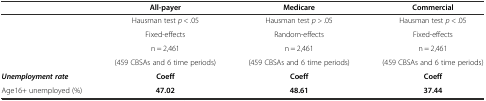
<table><thead><tr><td></td><td><b>All-payer</b></td><td><b>Medicare</b></td><td><b>Commercial</b></td></tr></thead><tbody><tr><td rowspan="4"></td><td>Hausman test <i>p</i> &lt; .05</td><td>Hausman test <i>p &gt;</i> .05</td><td>Hausman test <i>p</i> &lt; .05</td></tr><tr><td>Fixed-effects</td><td>Random-effects</td><td>Fixed-effects</td></tr><tr><td>n = 2,461</td><td>n = 2,461</td><td>n = 2,461</td></tr><tr><td>(459 CBSAs and 6 time periods)</td><td>(459 CBSAs and 6 time periods)</td><td>(459 CBSAs and 6 time periods)</td></tr><tr><td><b><i>Unemployment rate</i></b></td><td><b>Coeff</b></td><td><b>Coeff</b></td><td><b>Coeff</b></td></tr><tr><td>Age16+ unemployed (%)</td><td><b>47.02</b></td><td><b>48.61</b></td><td><b>37.44</b></td></tr></tbody></table>